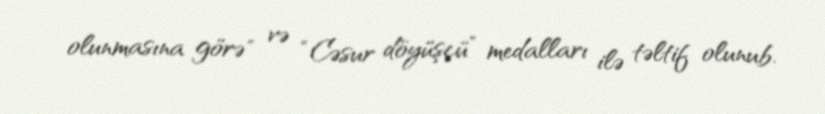
olunmasına görə" və “Cəsur döyüşçü” medalları ilə təltif olunub.